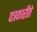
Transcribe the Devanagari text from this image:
पत्रकारीते